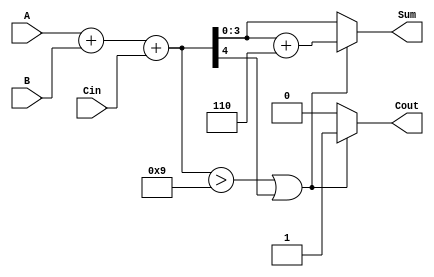
module BCD_Conditional_Adder (
    input  [3:0] A,        // First BCD digit
    input  [3:0] B,        // Second BCD digit
    input        Cin,       // Carry-in bit
    output reg [3:0] Sum,   // BCD sum output
    output reg Cout         // Carry-out bit
);

    wire [4:0] Temp_Sum;  // Temporary sum (5 bits to accommodate carry)
    
    // Perform binary addition
    assign Temp_Sum = A + B + Cin;

    always @(*) begin
        // Check if correction is needed
        if (Temp_Sum > 9 || Temp_Sum[4]) begin
            // Correction needed
            Sum = Temp_Sum[3:0] + 4'b0110; // add 6
            Cout = 1'b1;                   // Set carry-out
        end else begin
            // No correction needed
            Sum = Temp_Sum[3:0];           // Lower 4 bits are valid BCD
            Cout = 1'b0;                   // No carry-out
        end
    end

endmodule